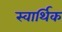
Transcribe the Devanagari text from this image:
स्वार्थिक